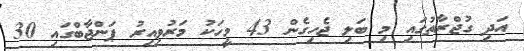
އަދި ގުޖްރާތުގައި މި ބަލި ޖެހިގެން 43 މީހަކު މަރުވިިއިރު ޕަންޖާބްގައި 30